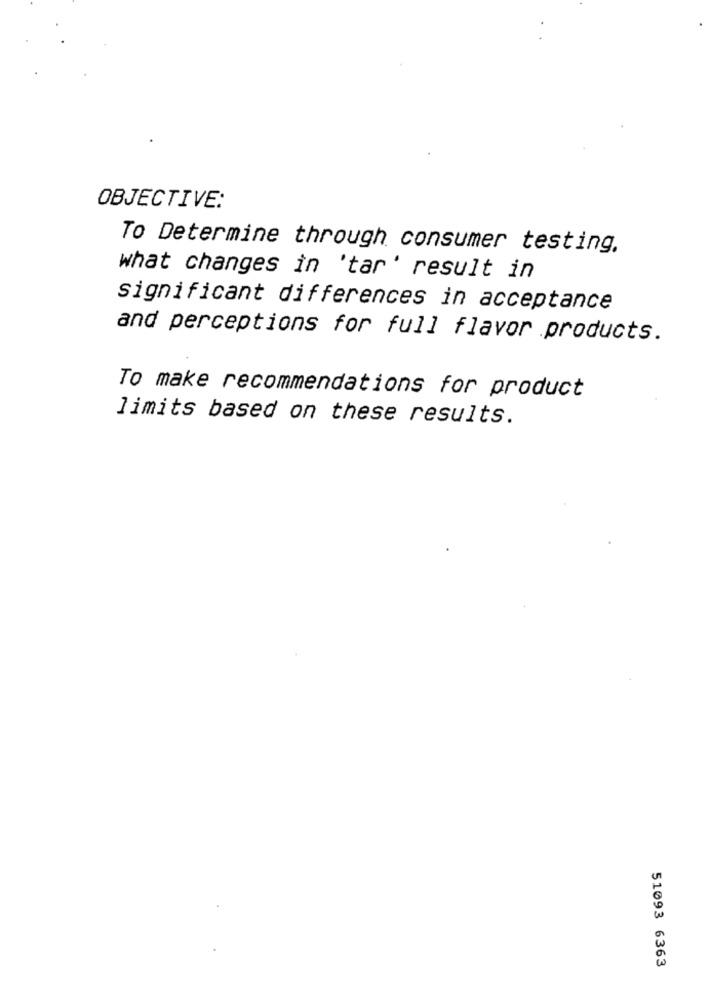
OBJECTIVE:
To Determine through consumer testing.
what changes in 'tar' result in
significant differences in acceptance
and perceptions for full flavor products.
To make recommendations for product
limits based on these results.
51093 6363